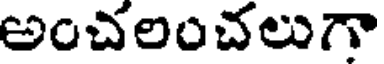
అంచలంచలుగా